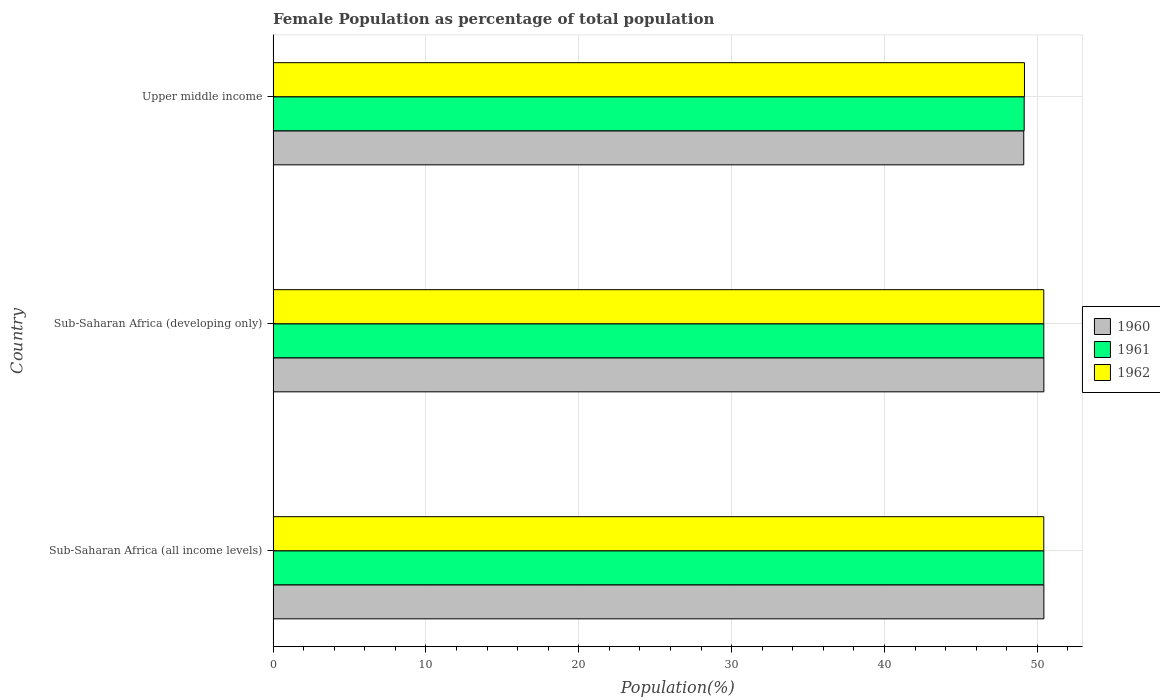
| Country | 1960 | 1961 | 1962 |
 | --- | --- | --- | --- |
 | Sub-Saharan Africa (all income levels) | 50.4 | 50.4 | 50.4 |
 | Sub-Saharan Africa (developing only) | 50.4 | 50.4 | 50.4 |
 | Upper middle income | 49.1 | 49.1 | 49.2 |